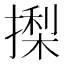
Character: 𭢍